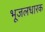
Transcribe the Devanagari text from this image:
भूजलधारक